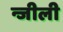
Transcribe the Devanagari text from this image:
न्जीली